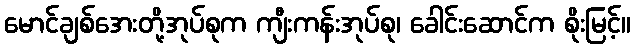
မောင်ချစ်အေးတို့အုပ်စုက ကျီးကန်းအုပ်စု၊ ခေါင်းဆောင်က စိုးမြင့်။